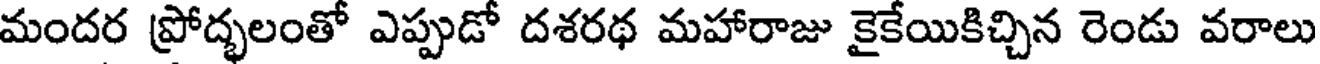
మందర ప్రోద్భలంతో ఎప్పుడో దశరథ మహారాజు కైకేయికిచ్చిన రెండు వరాలు